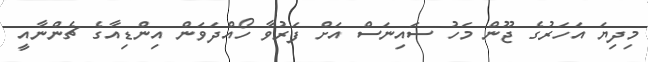
މިދިޔަ އަހަރުގެ ޖޫން މަހު ސައިނަސް އަށް ފަރުވާ ހޯއްދަވަން އިންޑިއާގެ ޗެންނާއީ